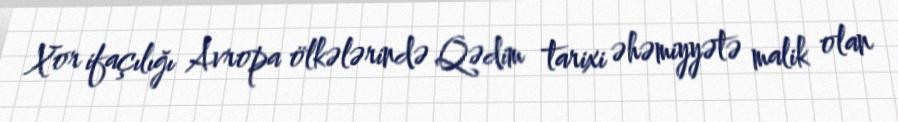
Xor ifaçılığı Avropa ölkələrində Qədim tarixi əhəmiyyətə malik olan